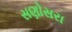
સણોસરા